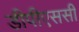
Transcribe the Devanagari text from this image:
डीपीएससी